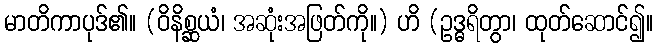
မာတိကာပုဒ်၏။ (ဝိနိစ္ဆယံ၊ အဆုံးအဖြတ်ကို။) ဟိ (ဥဒ္ဓရိတွာ၊ ထုတ်ဆောင်၍။